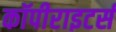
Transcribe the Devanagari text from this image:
कॉपीराइटर्स